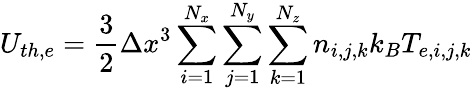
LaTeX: U_{th,e}=\frac{3}{2}\Delta x^{3}\sum_{i=1}^{N_{x}}\sum_{j=1}^{N_{y}}\sum_{k=1}^{N_{z}}n_{i,j,k}k_{B}T_{e,i,j,k}